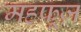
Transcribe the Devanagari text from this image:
महफ़ूज़